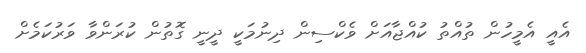
އެއީ އެމީހުން ތުއްތު ކުއްޖާއަށް ވެކްސިން ދިނުމަކީ ދީނީ ގޮތުން ކުރަންވާ ވަރުކަމެށް